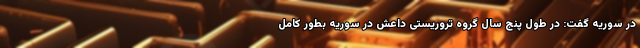
در سوریه گفت: در طول پنج سال گروه تروریستی داعش در سوریه بطور کامل